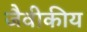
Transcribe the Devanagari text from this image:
जैवीकीय